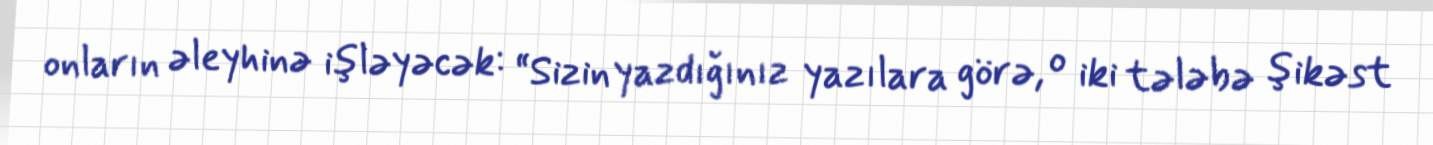
onların əleyhinə işləyəcək: “Sizin yazdığınız yazılara görə, o iki tələbə şikəst